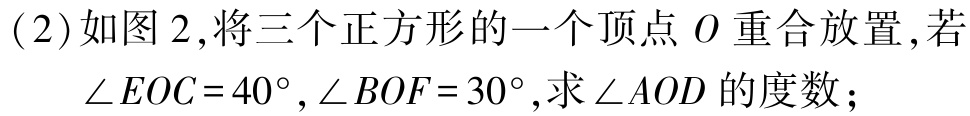
(2)如图2,将三个正方形的一个顶点\(O\)重合放置,若

\(\angle EOC = 40^{\circ},\angle BOF = 30^{\circ}\),求\(\angle AOD\)的度数；